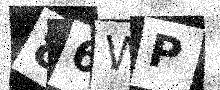
Text: 86WP